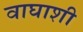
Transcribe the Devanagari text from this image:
वाघाशी